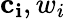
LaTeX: \mathbf{c_{i}},{w_{i}}